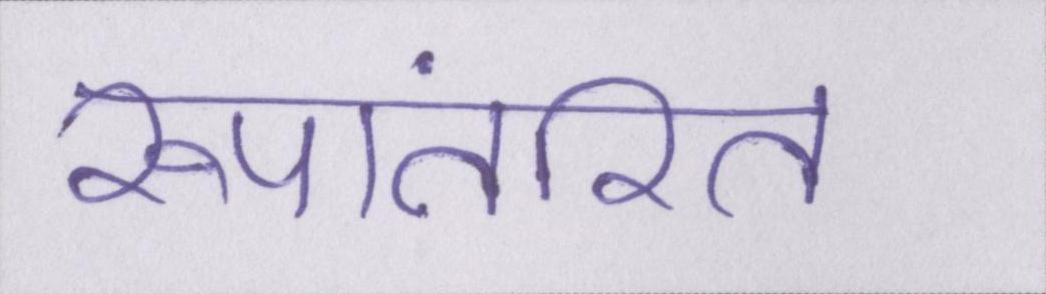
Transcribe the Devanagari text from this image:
रूपांतरित